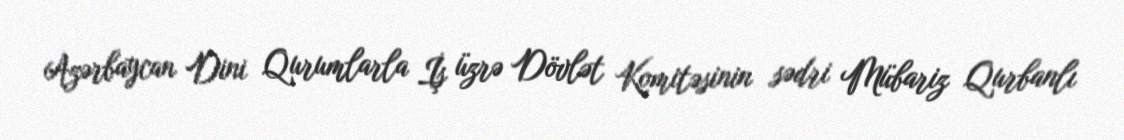
Azərbaycan Dini Qurumlarla İş üzrə Dövlət Komitəsinin sədri Mübariz Qurbanlı